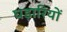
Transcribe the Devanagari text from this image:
घड़ारियों